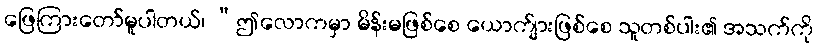
ဖြေကြားတော်မူပါတယ်၊ “ဤလောကမှာ မိန်းမဖြစ်စေ ယောက်ျားဖြစ်စေ သူတစ်ပါး၏ အသက်ကို